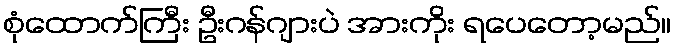
စုံထောက်ကြီး ဦးဂန်ဂျားပဲ အားကိုး ရပေတော့မည်။